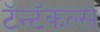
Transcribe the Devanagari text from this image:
टॅन्टॅकल्स